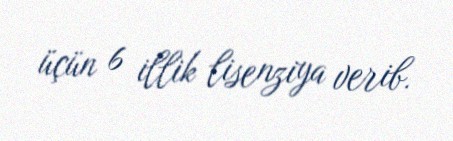
üçün 6 illik lisenziya verib.